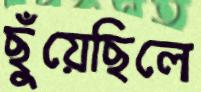
ছুঁয়েছিলে